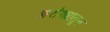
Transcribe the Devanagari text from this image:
झरोक्यातून